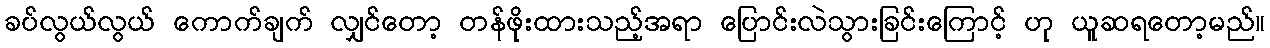
ခပ်လွယ်လွယ် ကောက်ချက် လျှင်တော့ တန်ဖိုးထားသည့်အရာ ပြောင်းလဲသွားခြင်းကြောင့် ဟု ယူဆရတော့မည်။